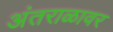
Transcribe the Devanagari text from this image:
अंतराळावर